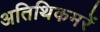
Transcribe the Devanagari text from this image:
अतिथिकमरें